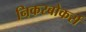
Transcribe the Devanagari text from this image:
निकरबोकर्स